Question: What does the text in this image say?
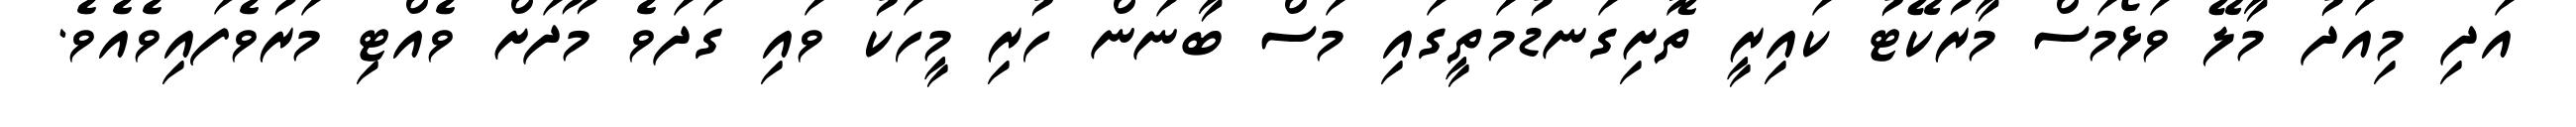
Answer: އަދި މިއަދު މާލޭ ވަޅޯމަސް މާރުކޭޓު ކައިރީ ތޮށިގަނޑުމަތީގައި މަސް ބާނަން ހުރި މީހަކު ވައި ގަދަވެ މޫދަށް ވެއްޓި މަރުވެފައިވެއެވެ.